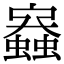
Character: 𧒟